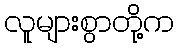
လူများစွာတို့က